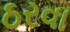
ઠરવા